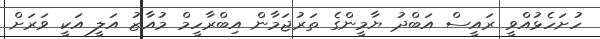
ހުށަހެޅުއްވީ ރައީސް އަބްދު ޔާމީންގެ ތަރުޖަމާން އިބްރާހީމް މުއާޒު އަލީ އަކީ ވަރަށް